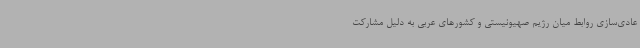
عادی‌سازی روابط میان رژیم صهیونیستی و کشورهای عربی به دلیل مشارکت